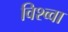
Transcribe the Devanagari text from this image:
विश्व्वा